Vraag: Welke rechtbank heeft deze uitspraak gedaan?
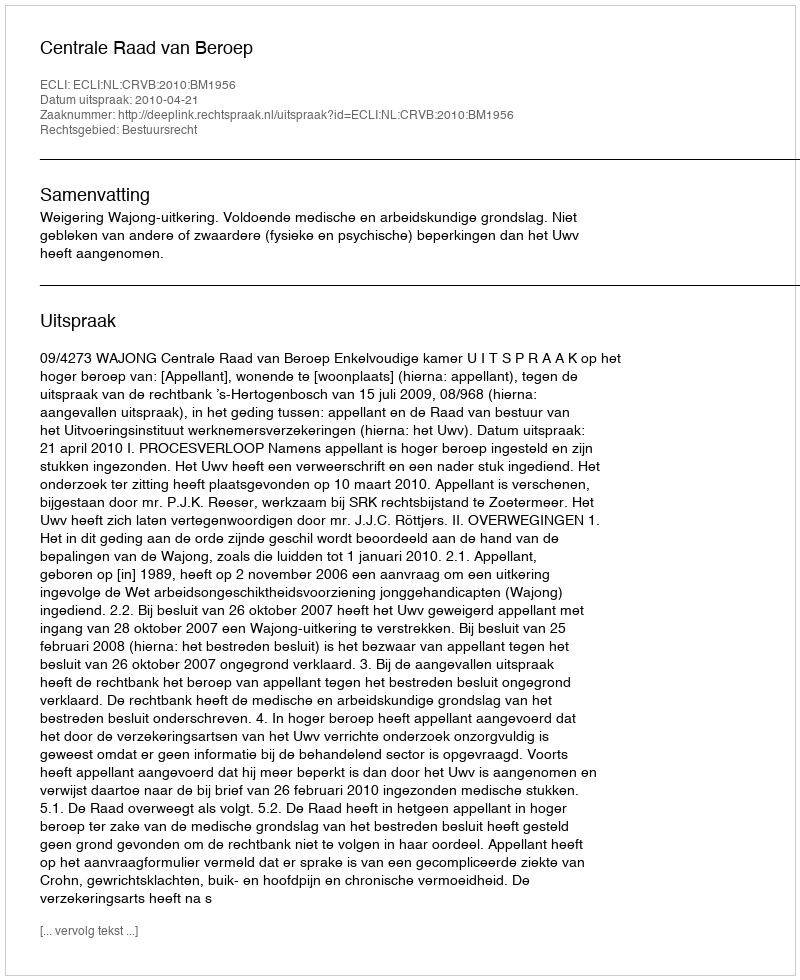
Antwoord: Centrale Raad van Beroep